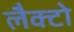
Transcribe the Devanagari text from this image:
लैक्टो